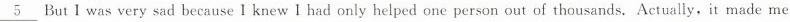
\underline{5} But I was very sad because l knew I had only helped one person out of thousands. Actually, it made me